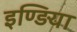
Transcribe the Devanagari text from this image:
इण्ड़िया